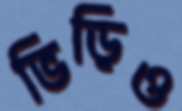
ভিড়িও